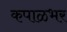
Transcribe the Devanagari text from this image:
कपाळभर